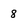
Character: 8